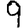
Digit: 9